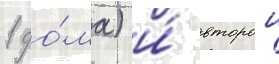
1 до́ма) и́ второи